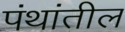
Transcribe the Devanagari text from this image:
पंथांतील